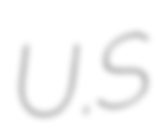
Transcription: U.S